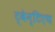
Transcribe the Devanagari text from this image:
ट्वेन्टिएथ